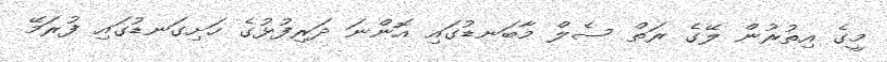
މީގެ އިތުރުން ލޭގެ ރަތް ސެލް މާބަނޑުގައި އޮންނަ ދަރިފުޅުގެ ހަށިގަނޑުގައި ފުރަމޭ